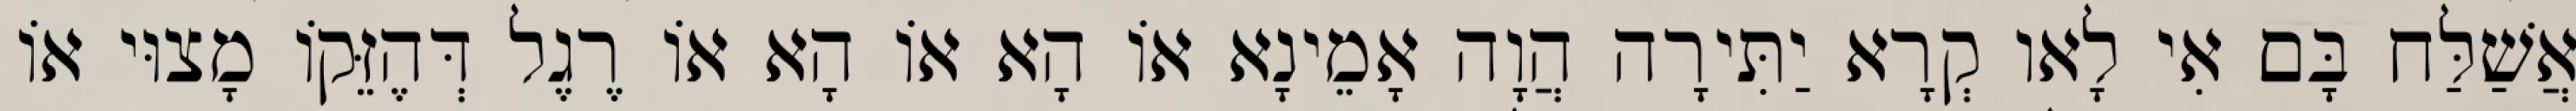
אֲשַׁלַּח בָּם אִי לָאו קְרָא יַתִּירָה הֲוָה אָמֵינָא אוֹ הָא אוֹ הָא אוֹ רֶגֶל דְּהֶזֵּקוֹ מָצוּי אוֹ